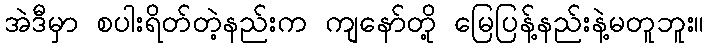
အဲဒီမှာ စပါးရိတ်တဲ့နည်းက ကျနော်တို့ မြေပြန့်နည်းနဲ့မတူဘူး။